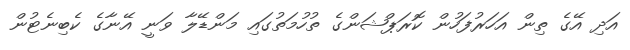
އަދި އޭގެ ތިން އަހަރުފަހުން ކޮރަޕްޝަންގެ ތުހުމަތުގައި މަންޑޭލާ ވަނީ އޭނާގެ ކެބިނެޓުން